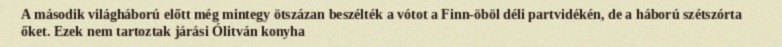
A második világháború előtt még mintegy ötszázan beszélték a vótot a Finn-öböl déli partvidékén, de a háború szétszórta őket. Ezek nem tartoztak járási Ólitván konyha